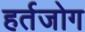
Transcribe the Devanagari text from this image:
हर्तजोग